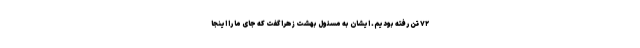
۷۲ تن رفته بودیم. ایشان به مسئول بهشت زهرا گفت که جای ما را اینجا